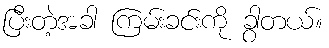
ပြီးတဲ့အခါ ကြမ်းခင်းကို ခွာတယ်။